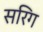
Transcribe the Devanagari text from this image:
सरिग